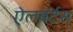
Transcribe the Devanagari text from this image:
ऐलबर्टस